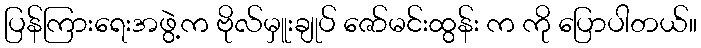
ပြန်ကြားရေးအဖွဲ့က ဗိုလ်မှူးချုပ် ဇော်မင်းထွန်း က ကို ပြောပါတယ်။